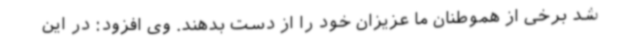
شد برخی از هموطنان ما عزیزان خود را از دست بدهند. وی افزود: در این